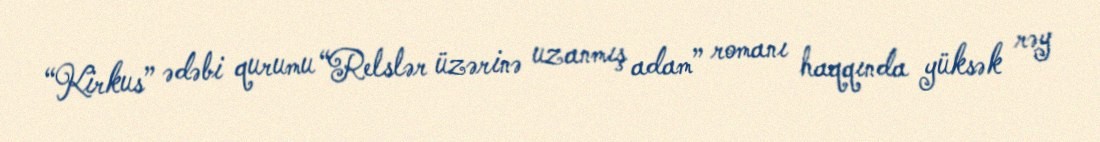
“Kirkus” ədəbi qurumu “Relslər üzərinə uzanmış adam” romanı haqqında yüksək rəy